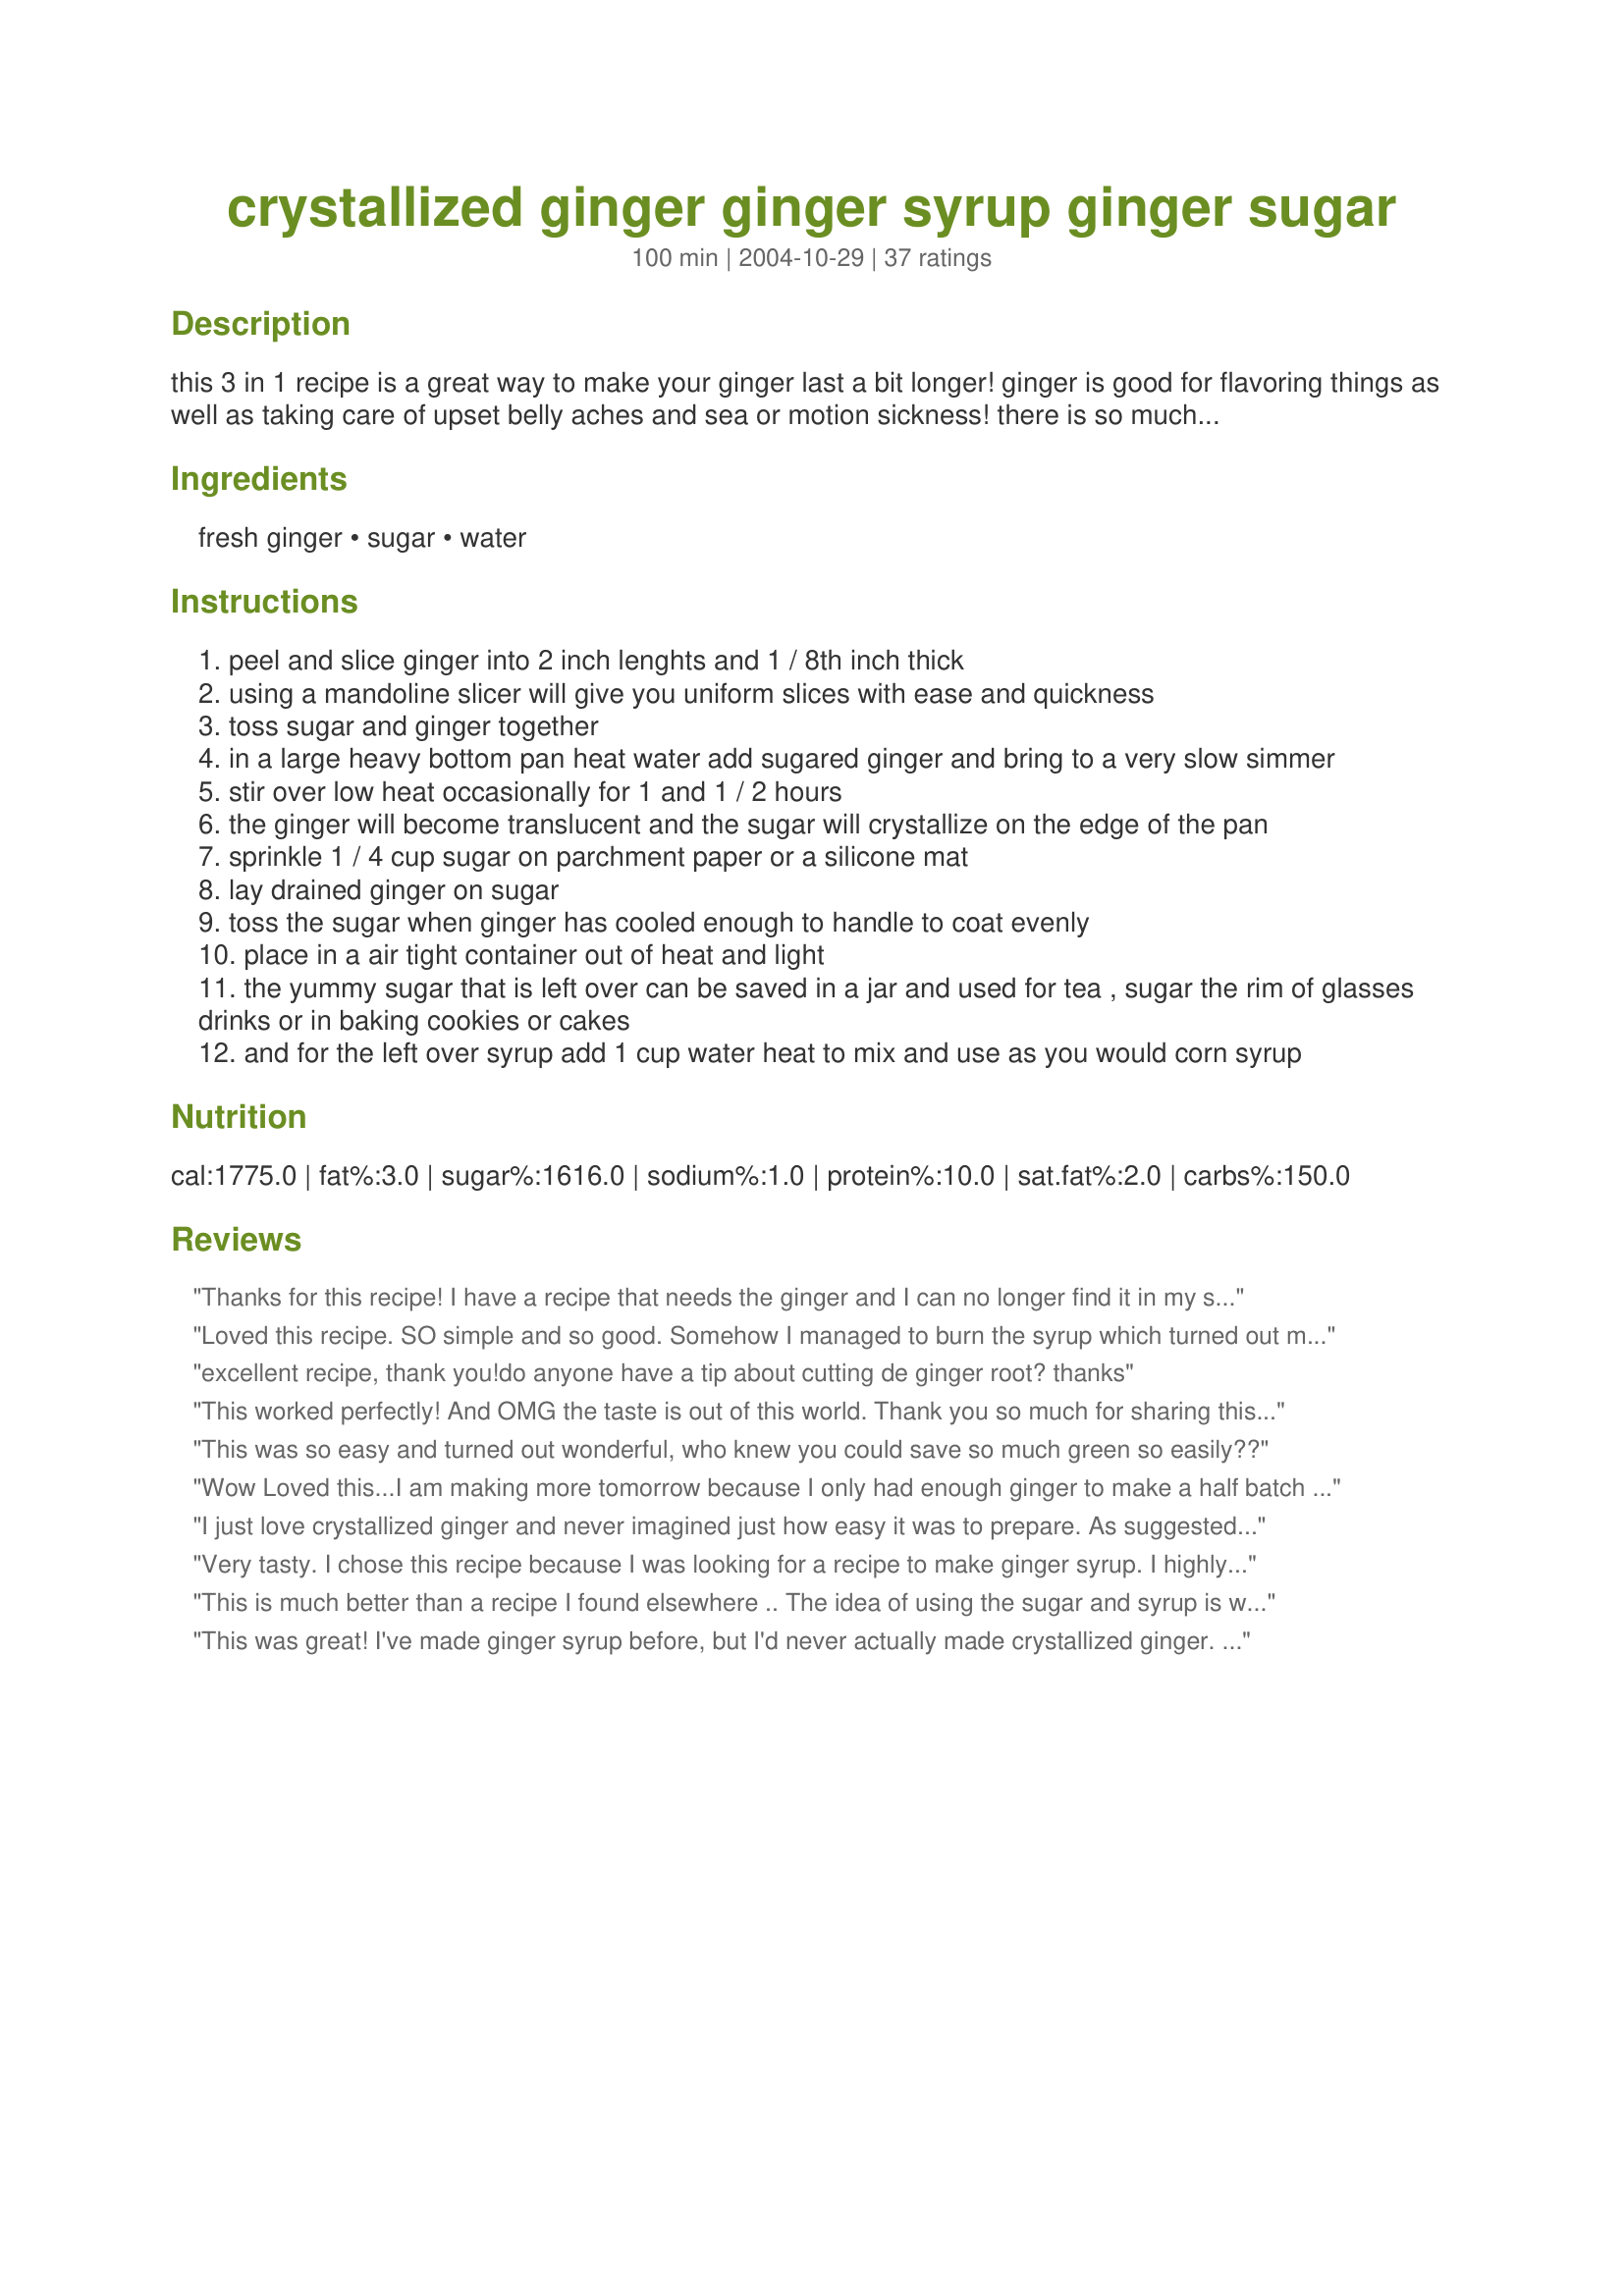
crystallized ginger ginger syrup ginger sugar
Preparation time: 100 minutes

this 3 in 1 recipe is a great way to make your ginger last a bit longer! ginger is good for flavoring things as well as taking care of upset belly aches and sea or motion sickness! there is so much you can do with this like my cranberry orange cookies with crystallized ginger recipe #77469 zucchini, pineapple, ginger jam recipe #95600 peachy, pineapple cooler with a ginger zinger recipe #58945 spicy ginger tea with lemongrass recipe #56108 baked butternut squash pudding topped with ginger whipped cream recipe #52072

Ingredients:
fresh ginger, sugar, water

Steps:
peel and slice ginger into 2 inch lenghts and 1 / 8th inch thick
using a mandoline slicer will give you uniform slices with ease and quickness
toss sugar and ginger together
in a large heavy bottom pan heat water add sugared ginger and bring to a very slow simmer
stir over low heat occasionally for 1 and 1 / 2 hours
the ginger will become translucent and the sugar will crystallize on the edge of the pan
sprinkle 1 / 4 cup sugar on parchment paper or a silicone mat
lay drained ginger on sugar
toss the sugar when ginger has cooled enough to handle to coat evenly
place in a air tight container out of heat and light
the yummy sugar that is left over can be saved in a jar and used for tea , sugar the rim of glasses drinks or in baking cookies or cakes
and for the left over syrup add 1 cup water heat to mix and use as you would corn syrup

Reviews:
Thanks for this recipe! I have a recipe that needs the ginger and I can no longer find it in my store!!! I was hoping I'd find a way to make it myself. your great, you saved the day!
Loved this recipe. SO simple and so good. Somehow I managed to burn the syrup which turned out more like brittle than syrup...but the ginger is great! I'll make it again, making sure I don't forget about the syrup on the stove!
excellent recipe, thank you!do anyone have a tip about cutting de ginger root? thanks
This worked perfectly! And OMG the taste is out of this world. Thank you so much for sharing this wonderful recipe.
This was so easy and turned out wonderful, who knew you could save so much green so easily??
Wow Loved this...I am making more tomorrow because I only had enough ginger to make a half batch yesterday and I ended up adoring it so much I need to make more so bought a whole batch more today- I usually have a bit around for juicing but now I will buy it in bigger bunches (never paid attention to the weight much before)...lovely as a after din- tummy settling sucker and the syrup is so nice in tea...I can not wait to play with this more and use the 3 results in all sorts of things...reminds me of the treat from the Health Food store by the "Ginger People" 'cept way better- Thanks ~Rita~ this is my favorite new thing!!!
I just love crystallized ginger and never imagined just how easy it was to prepare. As suggested I used a mandoline to create lovely uniform slices from a rather large stem of the root. Put it on the stove let it go with just some occasional stirring. I was really surprised by how much water was rendered from the ginger to create a pungent peppery sweet syrup. The crystallized ginger itself was far sharper than anything purchased and had a lovely tender texture. Since I have another recipe calling for candied ginger in syrup, I reserved about a 1/4 cup for that purpose. Looking forward to using this in a few dishes soon, hoping it is before we have nibbled too much of it away. Thanks Rita! Made for the Cooking Game Room's *Spring Spectacular*.
Very tasty. I chose this recipe because I was looking for a recipe to make ginger syrup. I highly recommend using ginger syrup in any fruit punch (hot or cold), especially if you are having to cater for not-particularly-willing non-drinkers (e.g. the driver amongst your visitors). Try it with hot apple juice in colder weather - fantastic.
This is much better than a recipe I found elsewhere .. The idea of using the sugar and syrup is wonderful! Thank you so much!
This was great! I've made ginger syrup before, but I'd never actually made crystallized ginger. I made it for a recipe, but I can't stop nibbling on it. Love it! Oh, if you're a ginger lover like me, do try using the syrup to sweeten iced tea. It's amazingly good. :-)
Super easy, always perfect - great also to add to drinks and carrots. Once done, they work with so many other recipes.
Wow, this was fantastic! I had no syrup left over as I, like another reviewer probably tasted it all during the cooking. I put all the excess sugar and small ginger pieces in my spice grinder, grinding it to a fine sugar state for my tea. My kids each took a container home with them so I have none left. Guess it's a trip back to the market for more ginger! Thank you, thank you, thank you for posting this recipe.
I am so happy I found this recipe! The ginger is beautiful, it tastes better than the crystallized ginger I just bought at the store. I can't wait to try it in different recipes. Thank you Rita!
Great recipe! I'll use this again and again. We love crystallized ginger. Besides cooking with it, my 5 year-old thinks it's a special treat and begs for it after school. I doubled the recipe then overcooked it, ending up with all sugar, no syrup left. Luckily, the sugar is absolutely fantastic in black or green tea. Thanks, Rita, for sharing the recipe!
I'm making a mango chutney which calls for crystallized ginger. This recipe sounds fun and easy. Can't wait to try it. thanks!
No more buying packaged crystallized ginger! Thanks!!! Delicious.
Much better than store-bought candied ginger for less than half the price. Rita's published prep time doesn't include peeling a pound of ginger. Add a good half hour for that. Also her cooking time is approximate. The recipe is &quot;done&quot; when the ginger turns translucent. She's 100% right about &quot;very slow simmer&quot;. The ginger syrup is wonderful with ice and soda (homemade ginger ale), stirred into a cup of tea or drizzled over a slice of pound cake.
 One word about this is you have to try this. Excellant. I chose make this for Blueberry Snack Mix Recipe #174359. I too found myself eating this out of the pan. The flavor is something else.
This turned out great. I had no leftover sugar the ginger absorbed it all, but ginger turned out perfect.
This was fantastic. I made some ginger tea for my little girl who sometimes gets tummy aches. She loved it. Wanted to make sure to have more on hand w/o it going to waste and found this recipe. My best friend from college loves crystallized ginger so now I know what I can make, homemade, and send across the miles to let her know we are thinking about her. She loves it on the plane b/cit eases her motion sickness. I also saw on Rachael Ray the other day that you can peel the skin off (the leftovers) and freeze it so it wont go bad. However, now I have an even better way to save it :) Thanks Rita!
This is great and SUPER SPICY. I don't have a mandoline so we used a veggie peeler -- this also works well.
Loved the recipe. Didn't have any crystallized ginger added 1 teaspoon of ginger more. We love the spice taste combination of ginger, cinnamon, cloves. I did not flatten the balls, my dough was soft, I just rolled in sugar, put on parchment, they flattened out.
Wow, wonderful! I was a little nervous about the 1/4 c. of water because it didn't sound like a lot, but a ton of water comes out of the ginger when it cooks. Duh. Anyway, very delicious and very POWERFUL ginger. Much stronger than the little package I bought from a baker's catalogue. I'm going to give little bags away for Christmas, but I can't wait to use it myself. Super-cheap and easy alternative to buying it in the store or online. Good one, Rita.
I can&#039;t believe I&#039;ve made crystallised ginger, ginger sugar and ginger syrup! Wonderful! Good clear instructions and great results! Thanks from across the pond!
I've been making crystallized ginger for years and will now toss my old recipe. This recipe has it all! I doubled it and it came out perfectly. By the way, my old recipe required that I allow the ginger to dry for 4 days and required a second boil the fourth day. Your recipe is a breeze!! Thank you!
I was quite afraid of attempting this on my own, but miraculously pulled it off! These make such sweet spicy treats, perfect for the Ginger Spice cookies I needed the crystallized ginger for - which would have cost me $6 bucks for a tiny container at the store! I, too, had absolutely no syrup left over at first, the sugar was crusted all over the pan which was kind of disheartening... but after I rescued all the ginger pieces and put the loose sugar in a couple of shakers we have, I reconstituted the sugar crust with a few teaspoons of water, and reheated until liquid, so I could pour it out and put in the fridge. Mine came out a little tougher looking than the pictures that are already here, but that could easily be my own fault! Very good, though!!
Rita, I halved this recipe but still used 1/4 cup water. I kept sipping the syrup while it was cooking, it was so good! I sprinkled the sugar on wax paper. There was no leftover syrup(probably due to so much sipping). There was a little leftover sugar which I just put in the jar with the candied ginger.Now I don't have to buy anymore crystalized ginger! Thanks so much for this yummy recipe!
I love it, thanks for a pefect and simple recipe.
Amazing! This is so good/easy/cheap. Thank you! I saw that a tiny jar of it at the store costs $11!!! what's up with that - this is way better. thanks again!
What a fabulous recipe! This made the best sugar. We are having an Iron Chef type competition and our ingredient is ginger. I've used the ginger sugar in all of my recipes. I'm using the crystalized ginger as garnishment. Thanks!
THIS RECIPE IS AWESOME! I had bought ginger on impulse for helping with aches and pains and upset tummy... as it turns out I bought 10 ounces... MAKE SURE YOU GET MORE THAN 10 ounces to make sure you have blemish free ginger and do use a mandolin or v- slicer... thicker is better than paper thin.
This worked beautifully and will be even better next time ... WOW.
 I like to work things out for myself and when I discovered crystallized ginger years ago, I played around with trying to make it and eventually gave up... asked my angels to send me the recipe. They did. WOW very cool will check out this persons other recipes as well!
 I am forever losing ginger due to the fact that I do not know how to store it, so, I gave this recipe a try and am glad I did. The syrup is TDF and the ginger is like eating candy.Like the other reviewer said...."what syrup" as I too found myself eating it out of the pan with a spoon.Thank you Rita.
OMG This is great. I just finished tossing in sugar and of course had to try it. This is so wonderful. I thought I had bought a lot of ginger but I only had 5 oz. so used 1 c. sugar but 1/4 c. water. I may have cooked it a little longer than suggested but it turned out so nice. Looking forward to eating as is or in baked goods such as Recipe #93781.
My mom bought 2 lbs of ginger the other day and asked if I needed any. As I was almost out of crystallized ginger, I thought, hey, I wonder if you can make that yourself. What a revelation. Easy peasy. FYI, I probably started with about a pound of ginger before peeling and trimming, etc., had 12 oz. sliced ginger before cooking, which made 7.4 oz. of crystallized ginger, and about a cup of very thick ginger syrup. Just had some of the syrup stirred into our evening tea. Delightful. Thanks for posting!
This is a wonderful recipe! I doubled it, but I only used one cup of water at the end to make the syrup. It turned out to be very thick, which is great. I am probably going to use it as a spread for toast, etc.
The ginger came perfect, and the directions were very easy to follow. The sugar is also really tasty, and will be a delightful addition to tea.
I love the fact that I can get three thing from one process. Again, this is a wonderful recipe!
I am so excited to try this out in a recipe. It tastes wonderful! 
I actually don't know how many ounces of ginger I used. I had 2 large roots & after the ginger was cooked I had about 1/2 cup sugar leftover & a lot of syrup. The syrup was the consistency of corn syrup after taking out the ginger & letting it cool. I then added the 1 cup of water, heated & cooled again, but now it's more like water. I saved it & may try cooking it a little longer to see if it thickens back up. I will be saving this recipe & as soon as RSC#11 is over I'll be making a lot of recipes calling for crystallized ginger! Thanks Rita!
I can't thank you enough Rita for this recipe! Crystallized ginger is not available in my area so it was either buying it on-line (very expensive) or drive hours to get it and still payed $7.12 plus tax for a 2oz. bottle at Wal-Mart. This recipe was easy and came out perfect. The best part...under $2. Thanks again!
